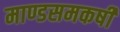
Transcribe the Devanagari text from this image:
माण्डसमकर्षी